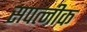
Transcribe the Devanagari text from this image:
सपत्‍नीक